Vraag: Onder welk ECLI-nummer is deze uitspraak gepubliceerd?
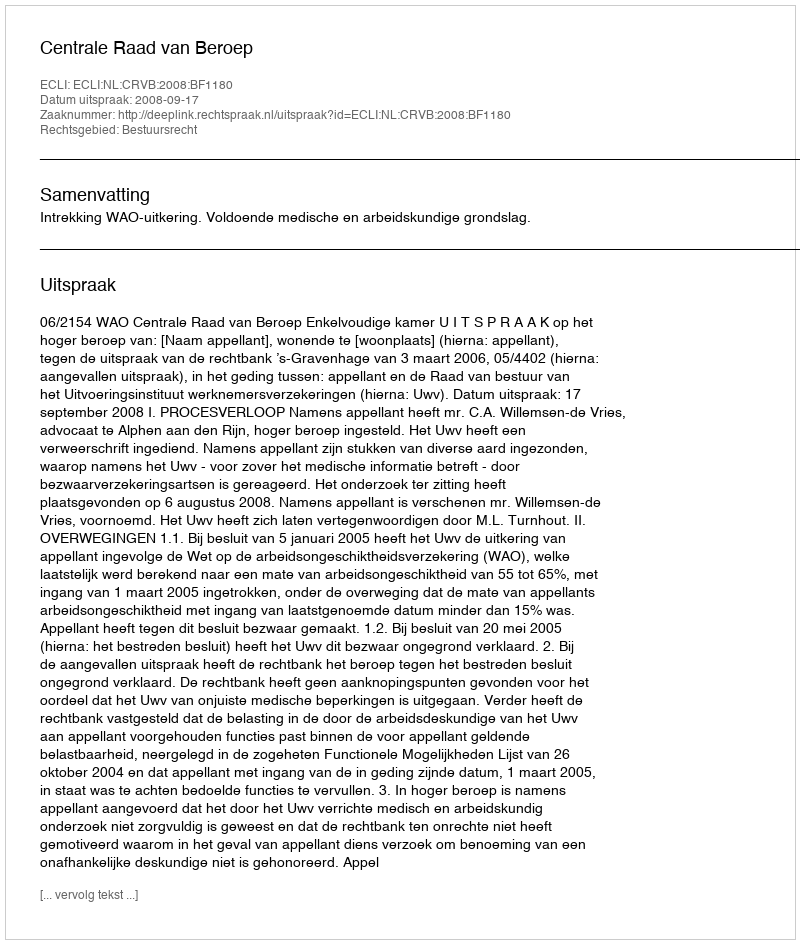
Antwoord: ECLI:NL:CRVB:2008:BF1180